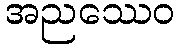
အညဿေဝ